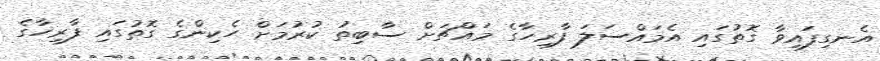
އެނގިފައިވާ ގޮތުގައި އެމައްސަލަ ފާރިހާގެ މައްޗަށް ސާބިތު ކުރުމަށް ހެކިންގެ ގޮތުގައި ފާރިހާގެ